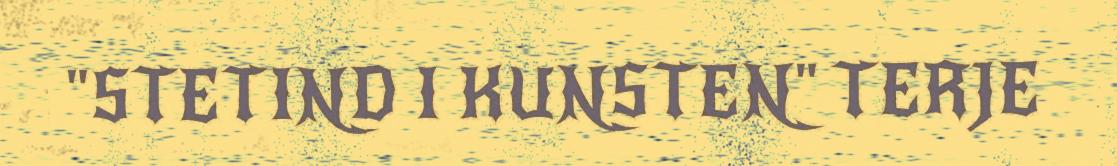
"STETIND I KUNSTEN" TERJE